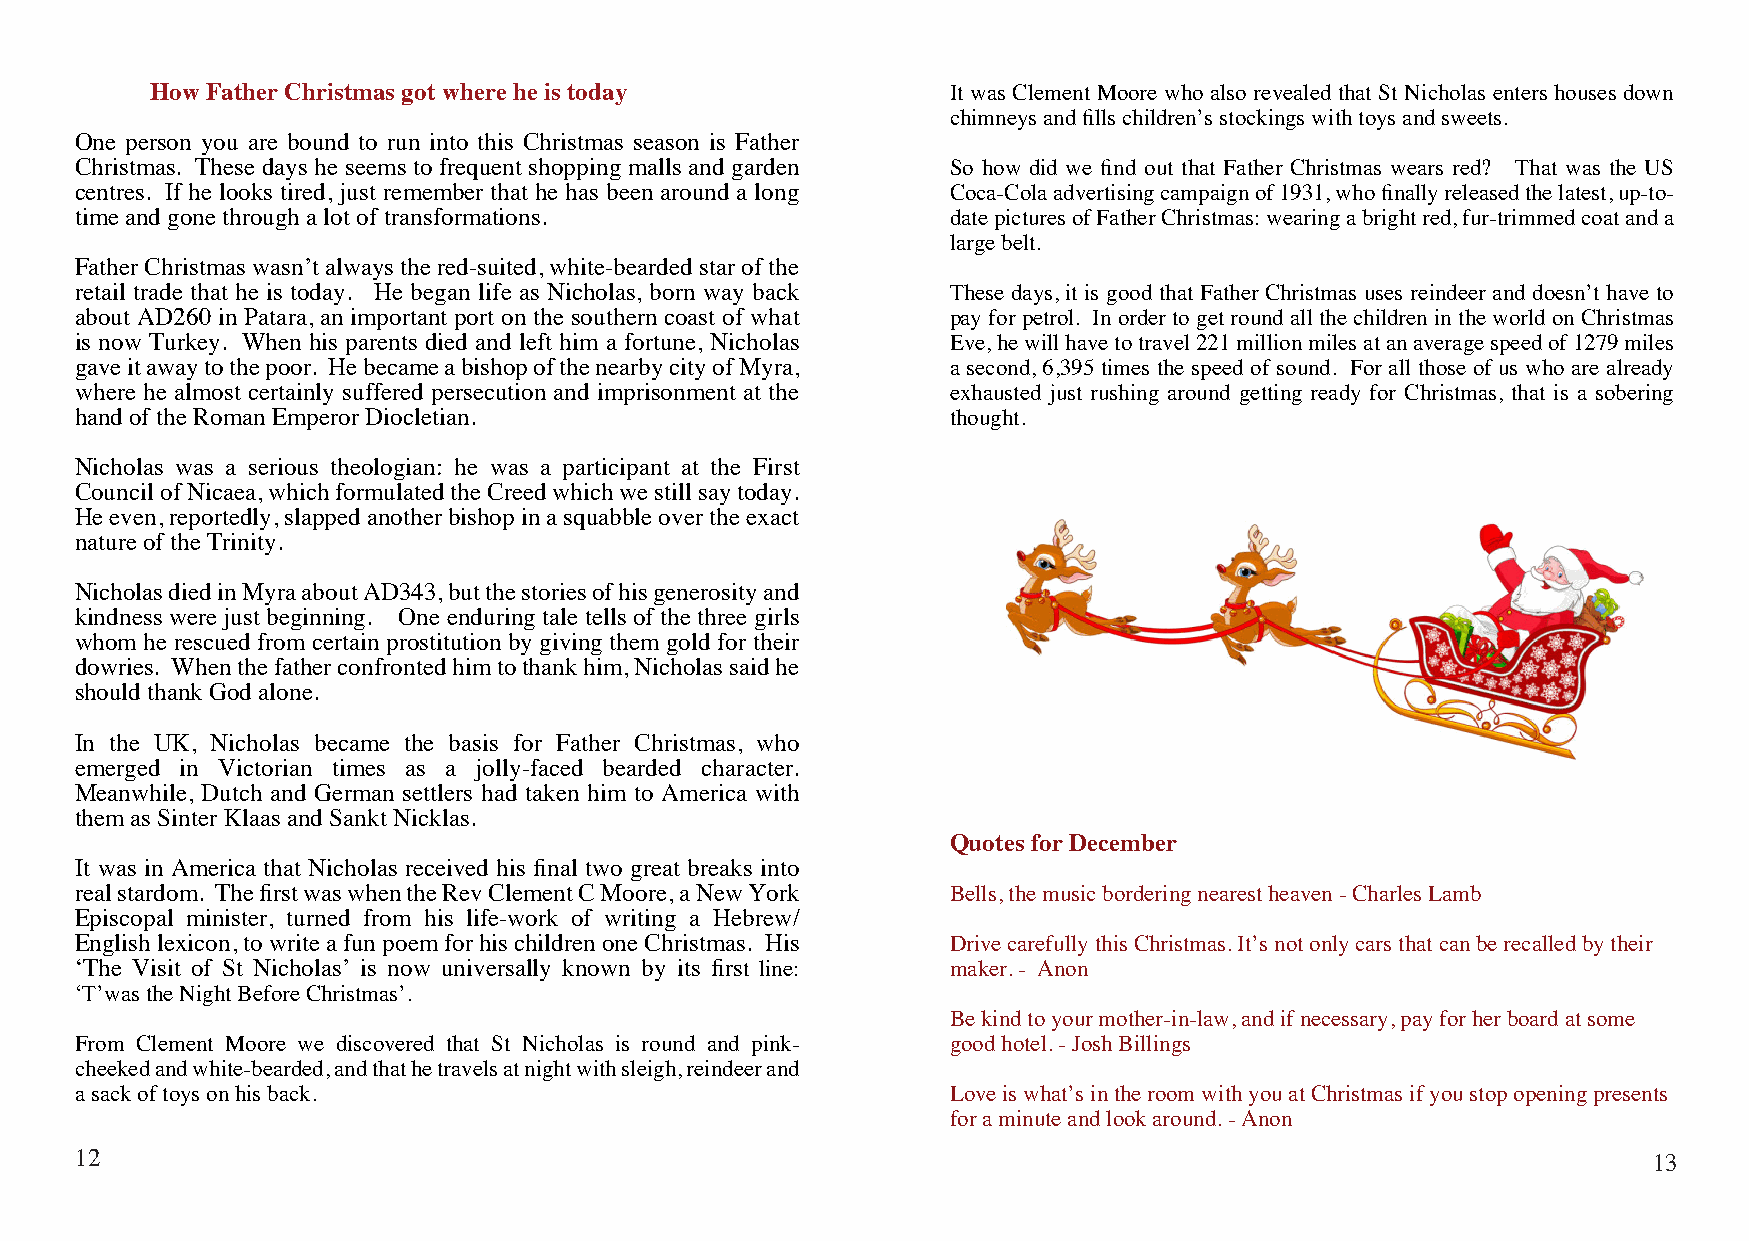
How FatherChristmas gotwhereheis today               It was Clement Moore who also revealed that St Nicholas enters houses down
 chimneysandfillschildren’sstockingswithtoysandsweets.
 One person you are bound to run into this Christmas season is Father
 Christmas. These days he seems to frequent shopping malls and garden So how did we find out that Father Christmas wears red? That was the US
 centres. If he looks tired, just remember that he has been around a long Coca-Colaadvertisingcampaignof1931,whofinallyreleasedthelatest,up-to-
 timeandgonethroughalotoftransformations.                  datepicturesofFatherChristmas:wearingabrightred,fur-trimmedcoatanda
 largebelt.
 FatherChristmaswasn’talwaysthered-suited,white-beardedstarofthe
 retail trade that he is today. He began life as Nicholas, born way back These days, it is good that Father Christmas uses reindeer and doesn’t have to
 about AD260 in Patara, an important port on the southern coast of what payforpetrol. InordertogetroundallthechildrenintheworldonChristmas
 is now Turkey. When his parents died and left him a fortune, Nicholas Eve,hewillhavetotravel221millionmilesatanaveragespeedof1279miles
 gaveitawaytothepoor. HebecameabishopofthenearbycityofMyra, a second, 6,395 times the speed of sound. For all those of us who are already
 where he almost certainly suffered persecution and imprisonment at the exhausted just rushing around getting ready for Christmas, that is a sobering
 handoftheRomanEmperorDiocletian.                          thought.
 Nicholas was a serious theologian: he was a participant at the First
 CouncilofNicaea,whichformulatedtheCreedwhichwestillsaytoday.
 Heeven,reportedly,slappedanotherbishopinasquabbleovertheexact
 natureof theTrinity.
 NicholasdiedinMyraaboutAD343,butthestoriesofhisgenerosityand
 kindness were just beginning. One enduring tale tells of the three girls
 whom he rescued from certain prostitution by giving them gold for their
 dowries. Whenthefatherconfrontedhimtothankhim,Nicholassaidhe
 shouldthankGodalone.
 In the UK, Nicholas became the basis for Father Christmas, who
 emerged in Victorian times as a jolly-faced bearded character.
 Meanwhile, Dutch and German settlers had taken him to America with
 themas SinterKlaas andSanktNicklas.
 Quotes forDecember
 It was in America that Nicholas received his final two great breaks into
 realstardom. ThefirstwaswhentheRevClementCMoore,aNewYork  Bells,themusicborderingnearestheaven-CharlesLamb
 Episcopal minister, turned from his life-work of writing a Hebrew/
 Englishlexicon,towriteafunpoemforhischildrenoneChristmas. His DrivecarefullythisChristmas.It’snotonlycarsthatcanberecalledbytheir
 ‘The Visit of St Nicholas’ is now universally known by its first line: maker.- Anon
 ‘T’wastheNightBeforeChristmas’.
 Bekindtoyourmother-in-law,andifnecessary,payforherboardatsome
 From Clement Moore we discovered that St Nicholas is round and pink- goodhotel.-JoshBillings
 cheekedandwhite-bearded,andthathetravelsatnightwithsleigh,reindeerand
 asackoftoysonhisback.                                     Loveiswhat’sintheroomwithyouatChristmasifyoustopopeningpresents
 foraminuteandlookaround.-Anon
 12                                                                                                      13